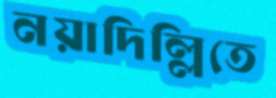
নয়াদিল্লিতে